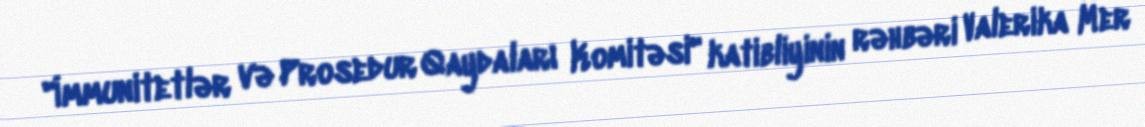
"İmmunitetlər və Prosedur Qaydaları Komitəsi" katibliyinin rəhbəri Valerika Mer